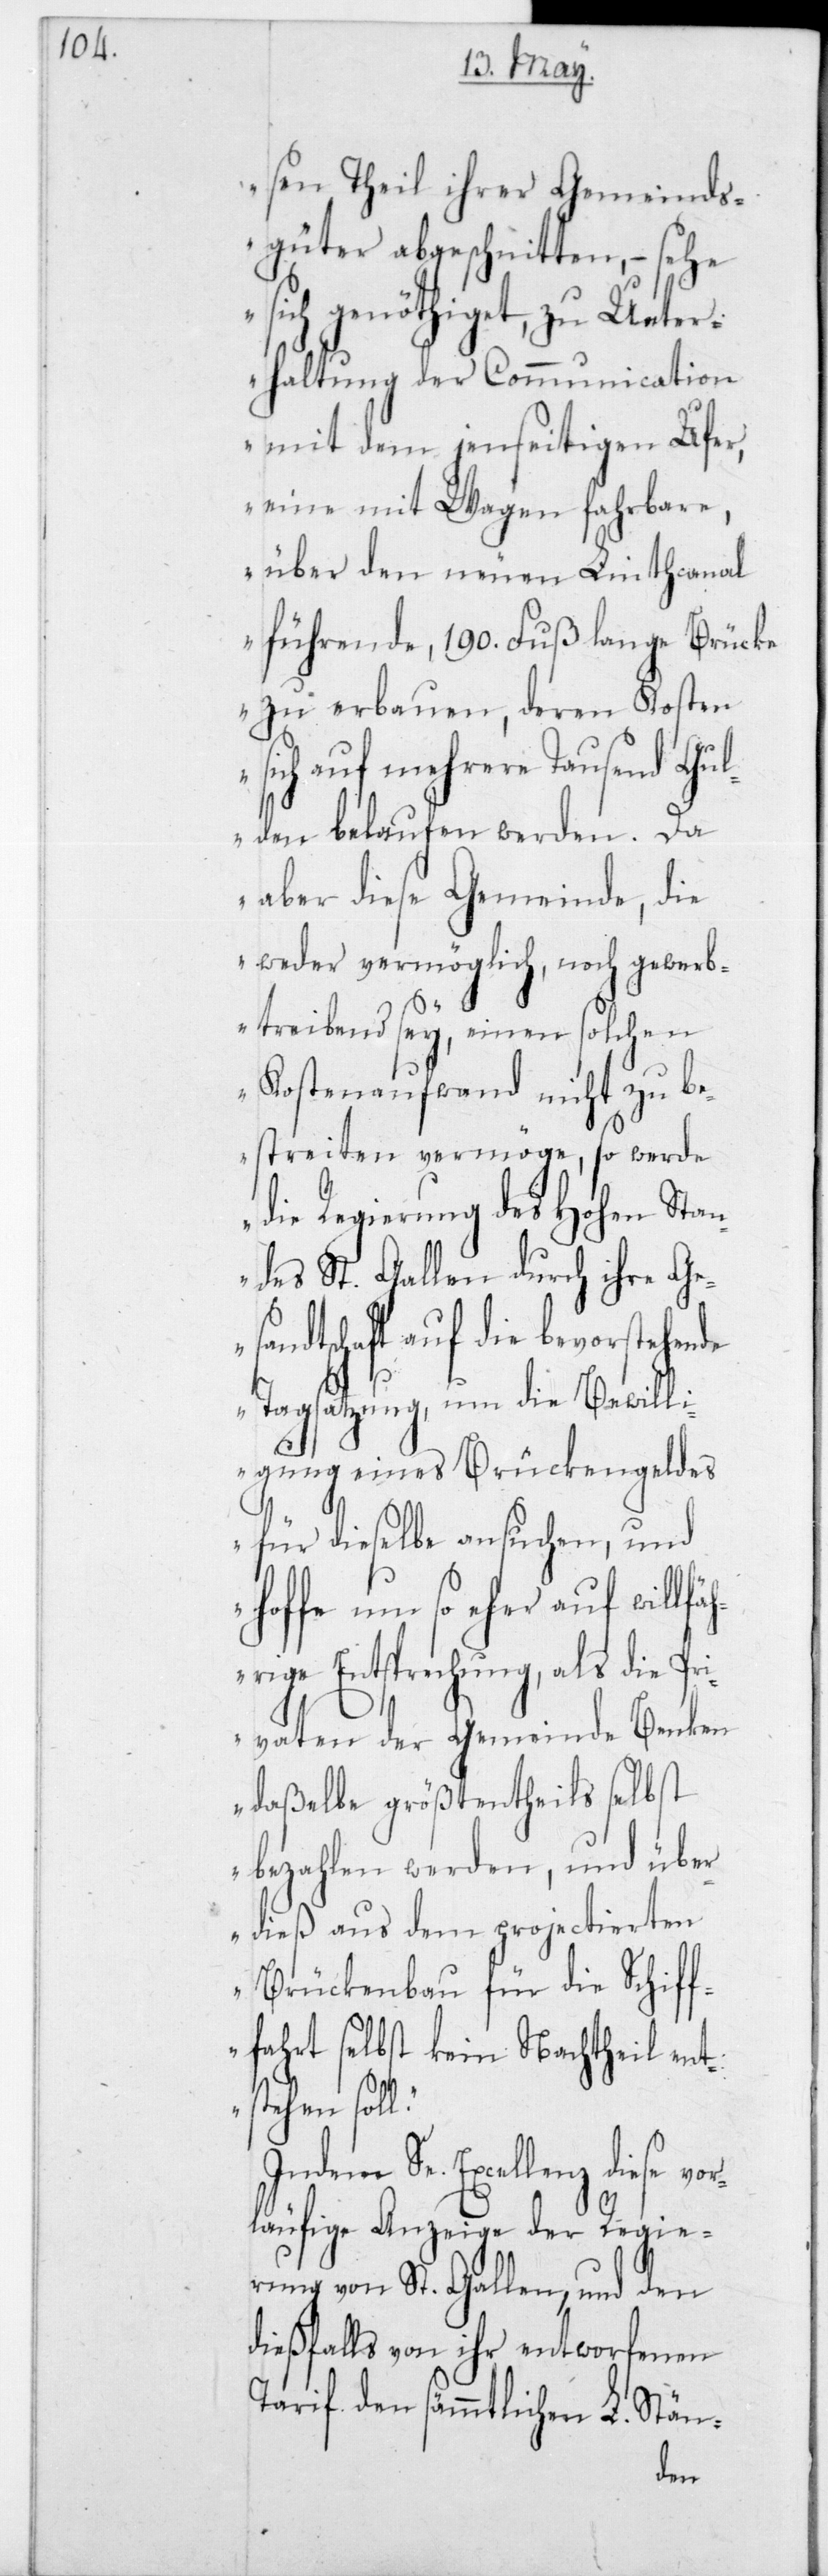
vor¬

sen Theil ihrer Gemeinds¬
güter abgeschnitten, – sehe
sich genöthiget, zu Unte¬
rhaltung der Communication
mit dem jenseitigen Ufer,
eine mit Wagen fahrbare,
über den neuen Linthcanal
führende, 190 Fuß lange Brücke
zu erbauen, deren Kosten
sich auf mehrere Tausend Gul¬
den belaufen werden. Da
aber diese Gemeinde, die
weder vermöglich, noch gewerb¬
treibend sey, einen solchen
Kostenaufwand nicht zu be¬
streiten vermöge, so werde
die Regierung des Hohen Stan¬
des St. Gallen durch ihre Ges¬
andtschaft auf die bevorstehen¬
de Tagsatzung, um die Bewill¬
igung eines Brückengeldes
für dieselbe ansuchen, und
hoffe um so eher auf willfä¬
hrige Entsprechnung, als die Pri¬
vaten der Gemeinde Benken
daßelbe größtentheils selbst
bezahlen werden, und über¬
dieß aus dem projectierten
Brückenbau für die Schiff¬
fahrt selbst kein Nachtheil ent¬
stehen soll“.
Se. Excellenz diese
läufige Anzeige der Regie¬
rung von St. Gallen, und den
dießfalls von ihr entworfenen
Tarif den sämmtlichen L. Stän-